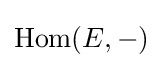
\mathrm {Hom} (E,-)